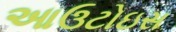
આઉટોઇસ